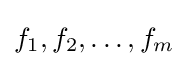
f_{1},f_{2},\dots ,f_{m}